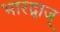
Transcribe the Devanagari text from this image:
भारद्वाज्